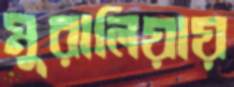
মুরালিয়ায়